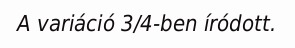
A variáció 3/4-ben íródott.